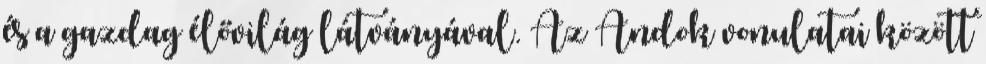
és a gazdag élővilág látványával. Az Andok vonulatai között